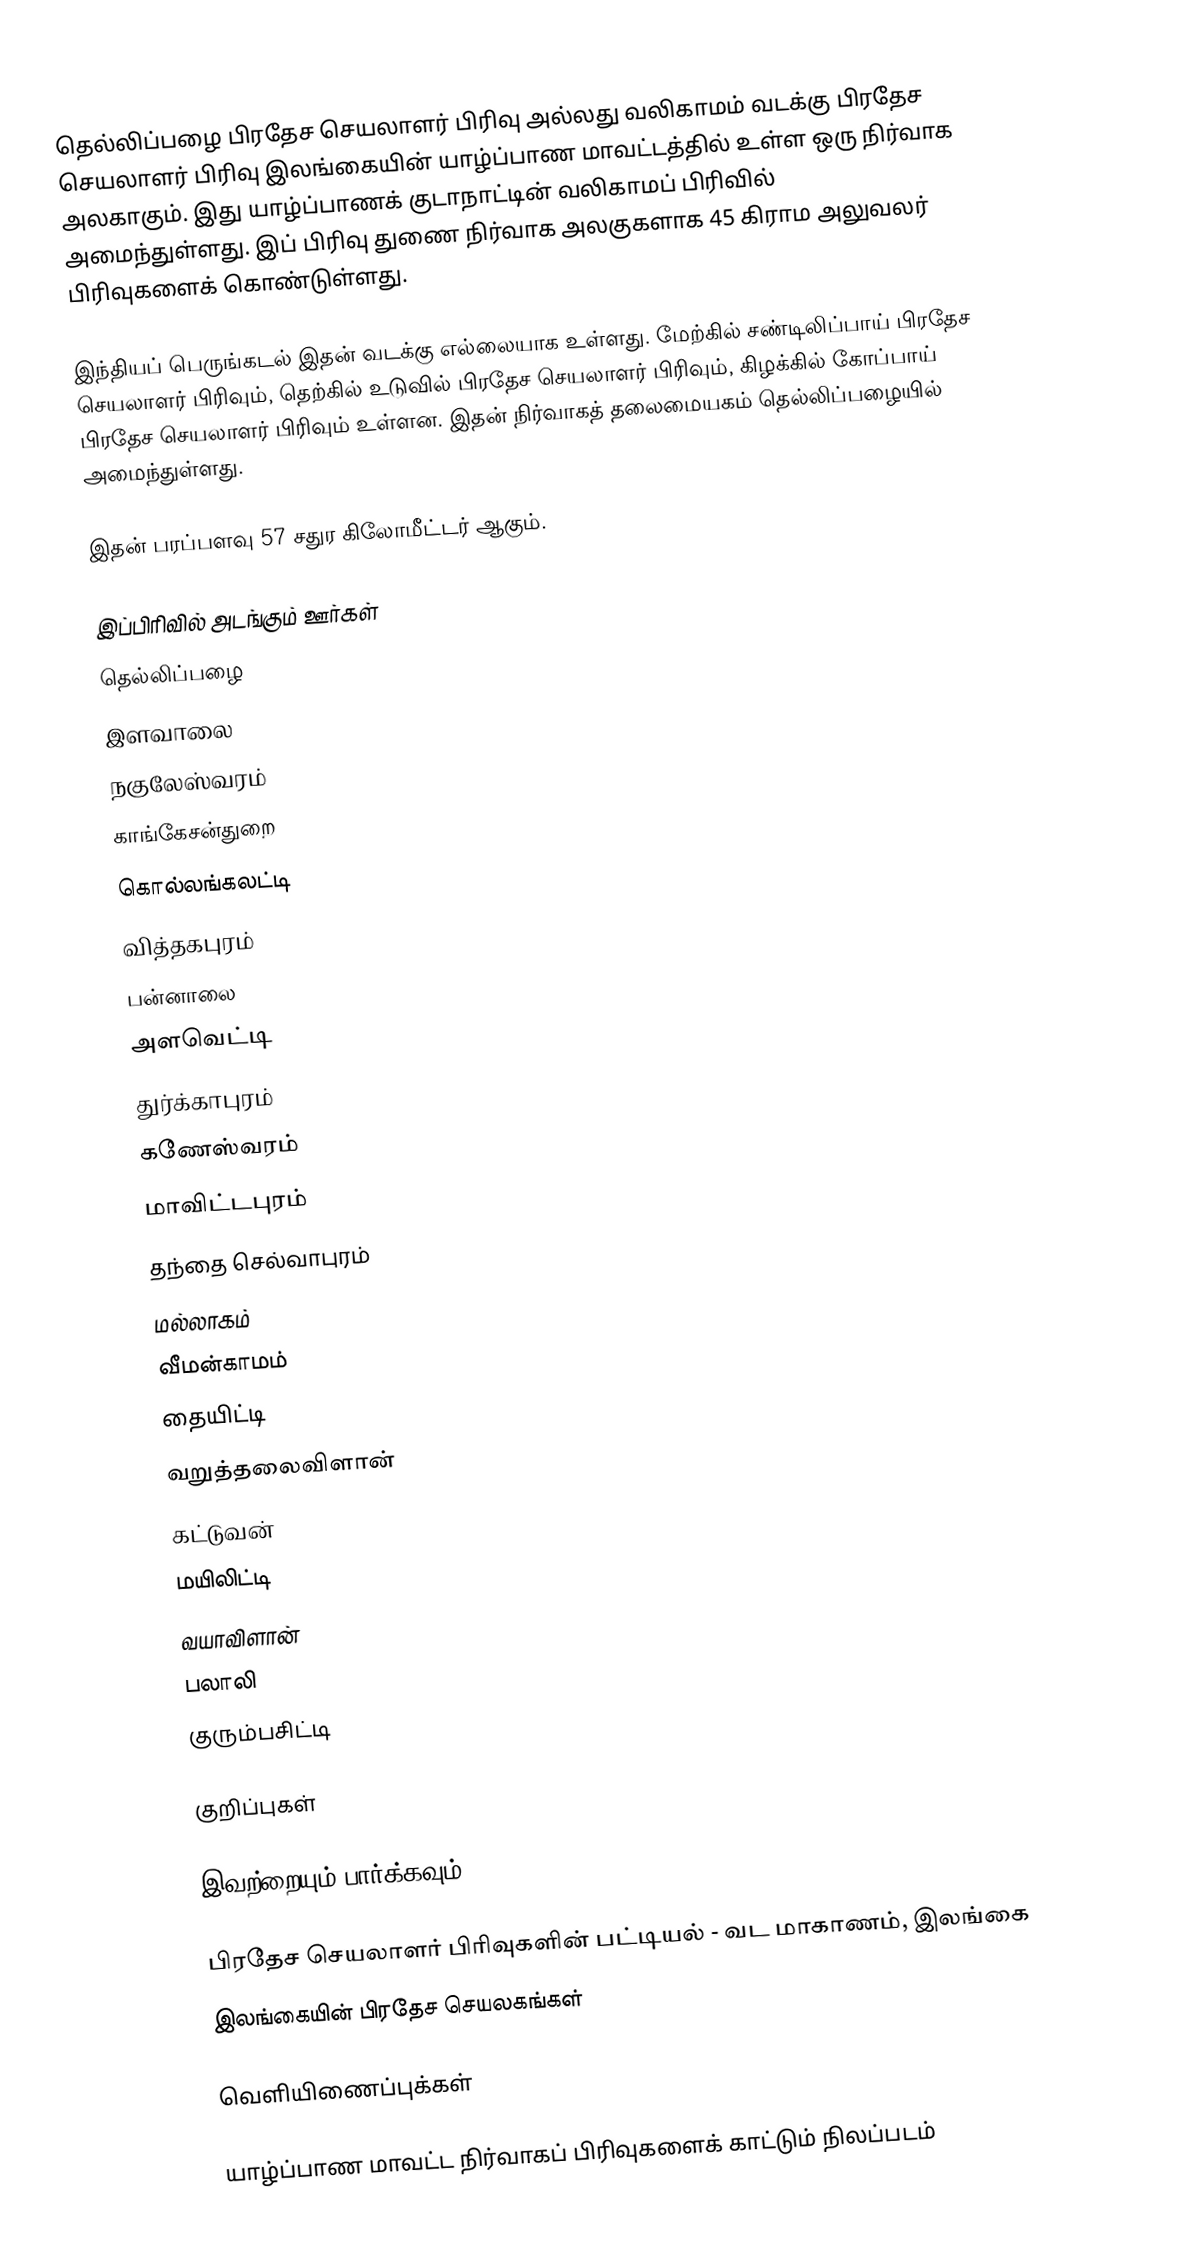
தெல்லிப்பழை பிரதேச செயலாளர் பிரிவு அல்லது வலிகாமம் வடக்கு பிரதேச செயலாளர் பிரிவு இலங்கையின் யாழ்ப்பாண மாவட்டத்தில் உள்ள ஒரு நிர்வாக அலகாகும். இது யாழ்ப்பாணக் குடாநாட்டின் வலிகாமப் பிரிவில் அமைந்துள்ளது. இப் பிரிவு துணை நிர்வாக அலகுகளாக 45 கிராம அலுவலர் பிரிவுகளைக் கொண்டுள்ளது.

இந்தியப் பெருங்கடல் இதன் வடக்கு எல்லையாக உள்ளது. மேற்கில் சண்டிலிப்பாய் பிரதேச செயலாளர் பிரிவும், தெற்கில் உடுவில் பிரதேச செயலாளர் பிரிவும், கிழக்கில் கோப்பாய் பிரதேச செயலாளர் பிரிவும் உள்ளன. இதன் நிர்வாகத் தலைமையகம் தெல்லிப்பழையில் அமைந்துள்ளது.

இதன் பரப்பளவு 57 சதுர கிலோமீட்டர் ஆகும்.

இப்பிரிவில் அடங்கும் ஊர்கள்
தெல்லிப்பழை
இளவாலை
நகுலேஸ்வரம்
காங்கேசன்துறை
கொல்லங்கலட்டி
வித்தகபுரம்
பன்னாலை
அளவெட்டி
துர்க்காபுரம்
கணேஸ்வரம்
மாவிட்டபுரம்
தந்தை செல்வாபுரம்
மல்லாகம்
வீமன்காமம்
தையிட்டி
வறுத்தலைவிளான்
கட்டுவன்
மயிலிட்டி
வயாவிளான்
பலாலி
குரும்பசிட்டி

குறிப்புகள்

இவற்றையும் பார்க்கவும்

 பிரதேச செயலாளர் பிரிவுகளின் பட்டியல் - வட மாகாணம், இலங்கை
 இலங்கையின் பிரதேச செயலகங்கள்

வெளியிணைப்புக்கள்

 யாழ்ப்பாண மாவட்ட நிர்வாகப் பிரிவுகளைக் காட்டும் நிலப்படம்